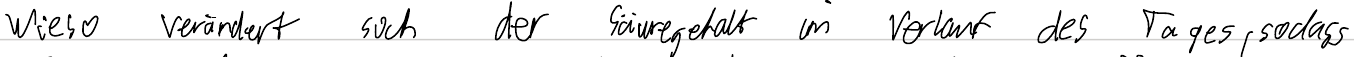
Wieso verändert sich der Säuregehalt im Verlauf des Tages, sodass